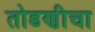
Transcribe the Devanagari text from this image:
तोडणीचा